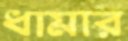
ধামার